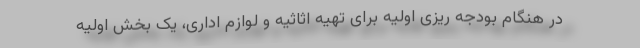
در هنگام بودجه ریزی اولیه برای تهیه اثاثیه و لوازم اداری، یک بخش اولیه